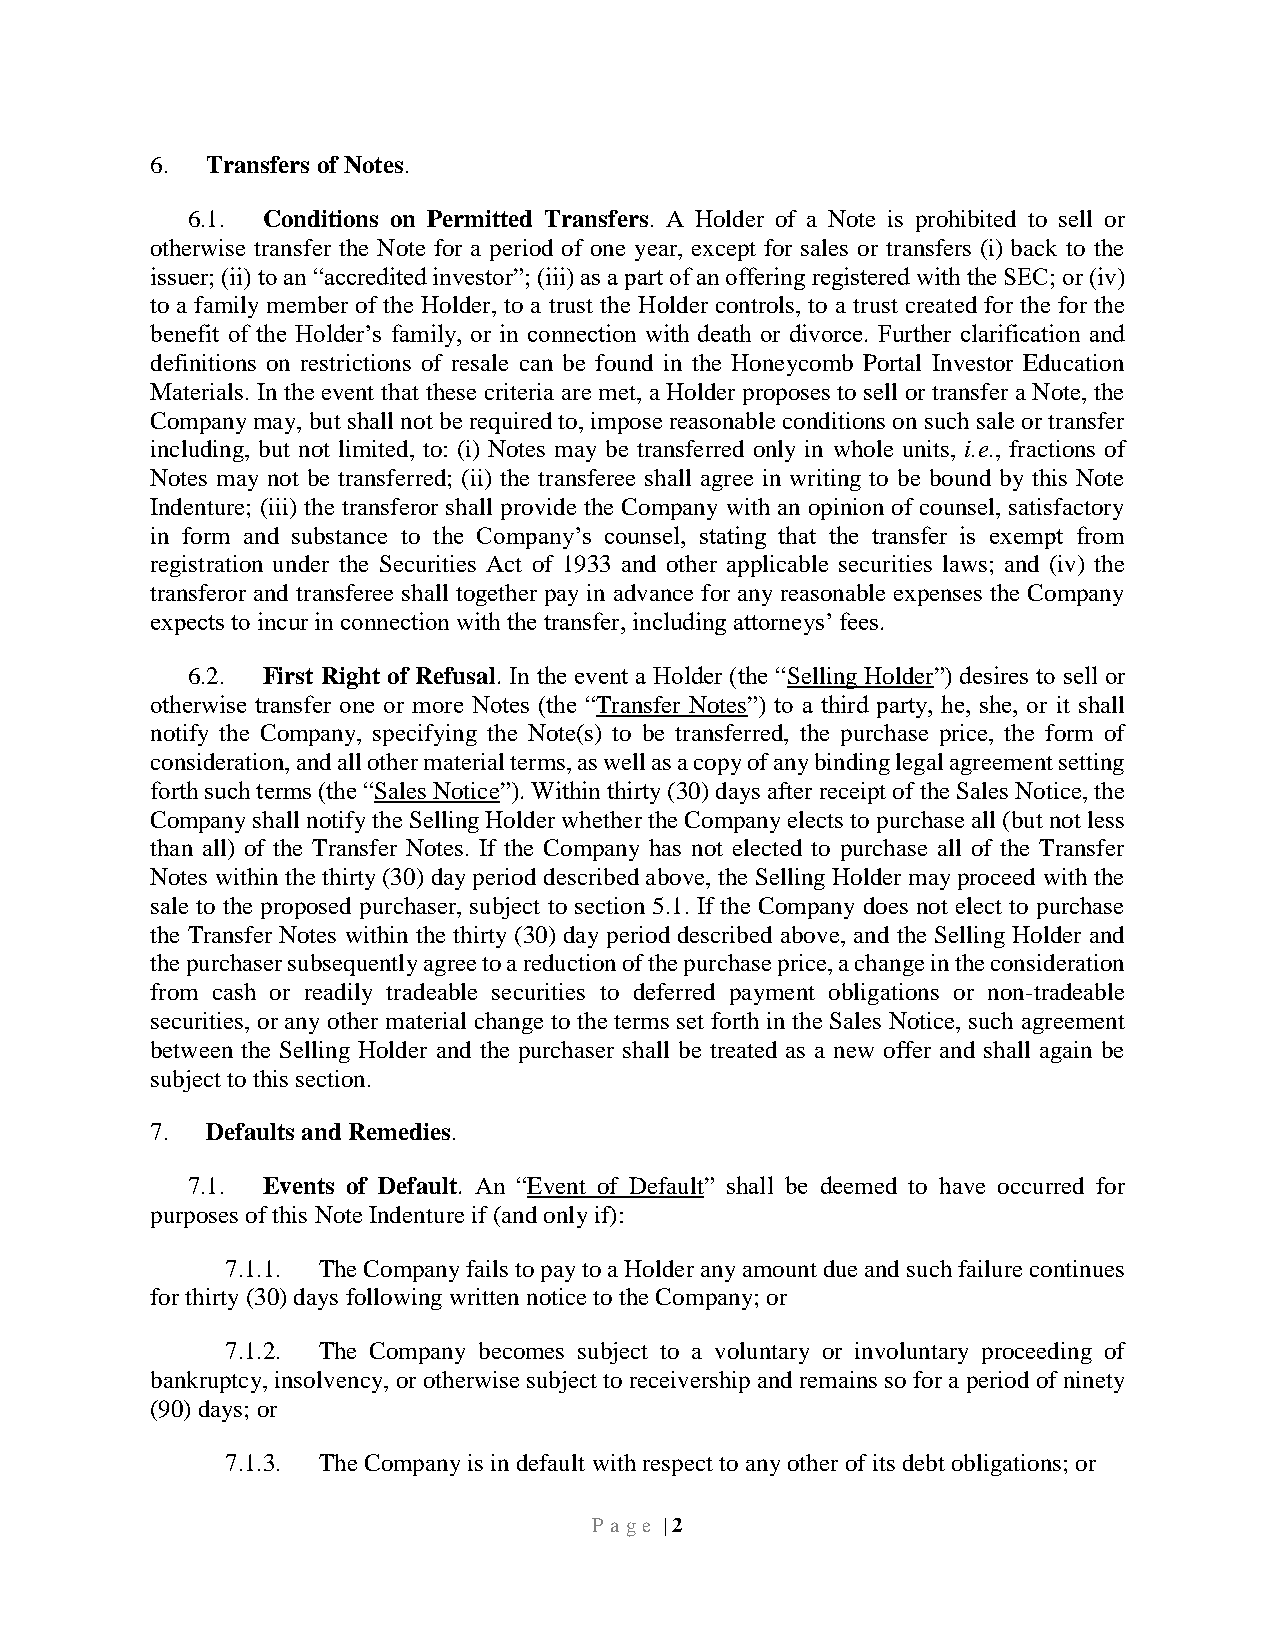
6.  Transfers of Notes.
 6.1. Conditions on Permitted Transfers. A Holder of a Note is prohibited to sell or
 otherwise transfer the Note for a period of one year, except for sales or transfers (i) back to the
 issuer; (ii) to an “accredited investor”; (iii) as a part of an offering registered with the SEC; or (iv)
 to a family member of the Holder, to a trust the Holder controls, to a trust created for the for the
 benefit of the Holder’s family, or in connection with death or divorce. Further clarification and
 definitions on restrictions of resale can be found in the Honeycomb Portal Investor Education
 Materials. In the event that these criteria are met, a Holder proposes to sell or transfer a Note, the
 Company may, but shall not be required to, impose reasonable conditions on such sale or transfer
 including, but not limited, to: (i) Notes may be transferred only in whole units, i.e., fractions of
 Notes may not be transferred; (ii) the transferee shall agree in writing to be bound by this Note
 Indenture; (iii) the transferor shall provide the Company with an opinion of counsel, satisfactory
 in form and substance to the Company’s counsel, stating that the transfer is exempt from
 registration under the Securities Act of 1933 and other applicable securities laws; and (iv) the
 transferor and transferee shall together pay in advance for any reasonable expenses the Company
 expects to incur in connection with the transfer, including attorneys’ fees.
 6.2. First Right of Refusal. In the event a Holder (the “Selling Holder”) desires to sell or
 otherwise transfer one or more Notes (the “Transfer Notes”) to a third party, he, she, or it shall
 notify the Company, specifying the Note(s) to be transferred, the purchase price, the form of
 consideration, and all other material terms, as well as a copy of any binding legal agreement setting
 forth such terms (the “Sales Notice”). Within thirty (30) days after receipt of the Sales Notice, the
 Company shall notify the Selling Holder whether the Company elects to purchase all (but not less
 than all) of the Transfer Notes. If the Company has not elected to purchase all of the Transfer
 Notes within the thirty (30) day period described above, the Selling Holder may proceed with the
 sale to the proposed purchaser, subject to section 5.1. If the Company does not elect to purchase
 the Transfer Notes within the thirty (30) day period described above, and the Selling Holder and
 the purchaser subsequently agree to a reduction of the purchase price, a change in the consideration
 from cash or readily tradeable securities to deferred payment obligations or non-tradeable
 securities, or any other material change to the terms set forth in the Sales Notice, such agreement
 between the Selling Holder and the purchaser shall be treated as a new offer and shall again be
 subject to this section.
 7.  Defaults and Remedies.
 7.1. Events of Default. An “Event of Default” shall be deemed to have occurred for
 purposes of this Note Indenture if (and only if):
 7.1.1. The Company fails to pay to a Holder any amount due and such failure continues
 for thirty (30) days following written notice to the Company; or
 7.1.2. The Company becomes subject to a voluntary or involuntary proceeding of
 bankruptcy, insolvency, or otherwise subject to receivership and remains so for a period of ninety
 (90) days; or
 7.1.3. The Company is in default with respect to any other of its debt obligations; or
 P a ge | 2